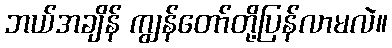
ဘယ်အချိန် ကျွန်တော်တို့ပြန်လာမလဲ။